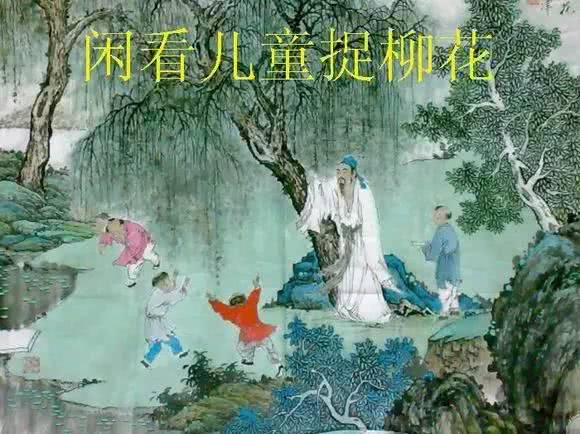
日长睡起无情思，闲看儿童捉柳花。